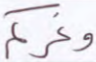
وغركم